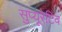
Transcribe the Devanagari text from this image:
सुप्यूरेटिव